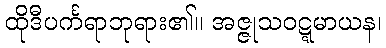
ထိုဒီပင်္ကရာဘုရား၏။ အဇ္ဇုသဝဋ္ဋမာယန၊